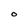
Character: O